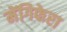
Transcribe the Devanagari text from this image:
मेंगिफेरा